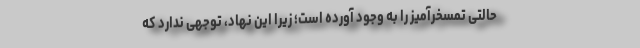
حالتی تمسخرآمیز را به وجود آورده است؛ زیرا این نهاد، توجهی ندارد که